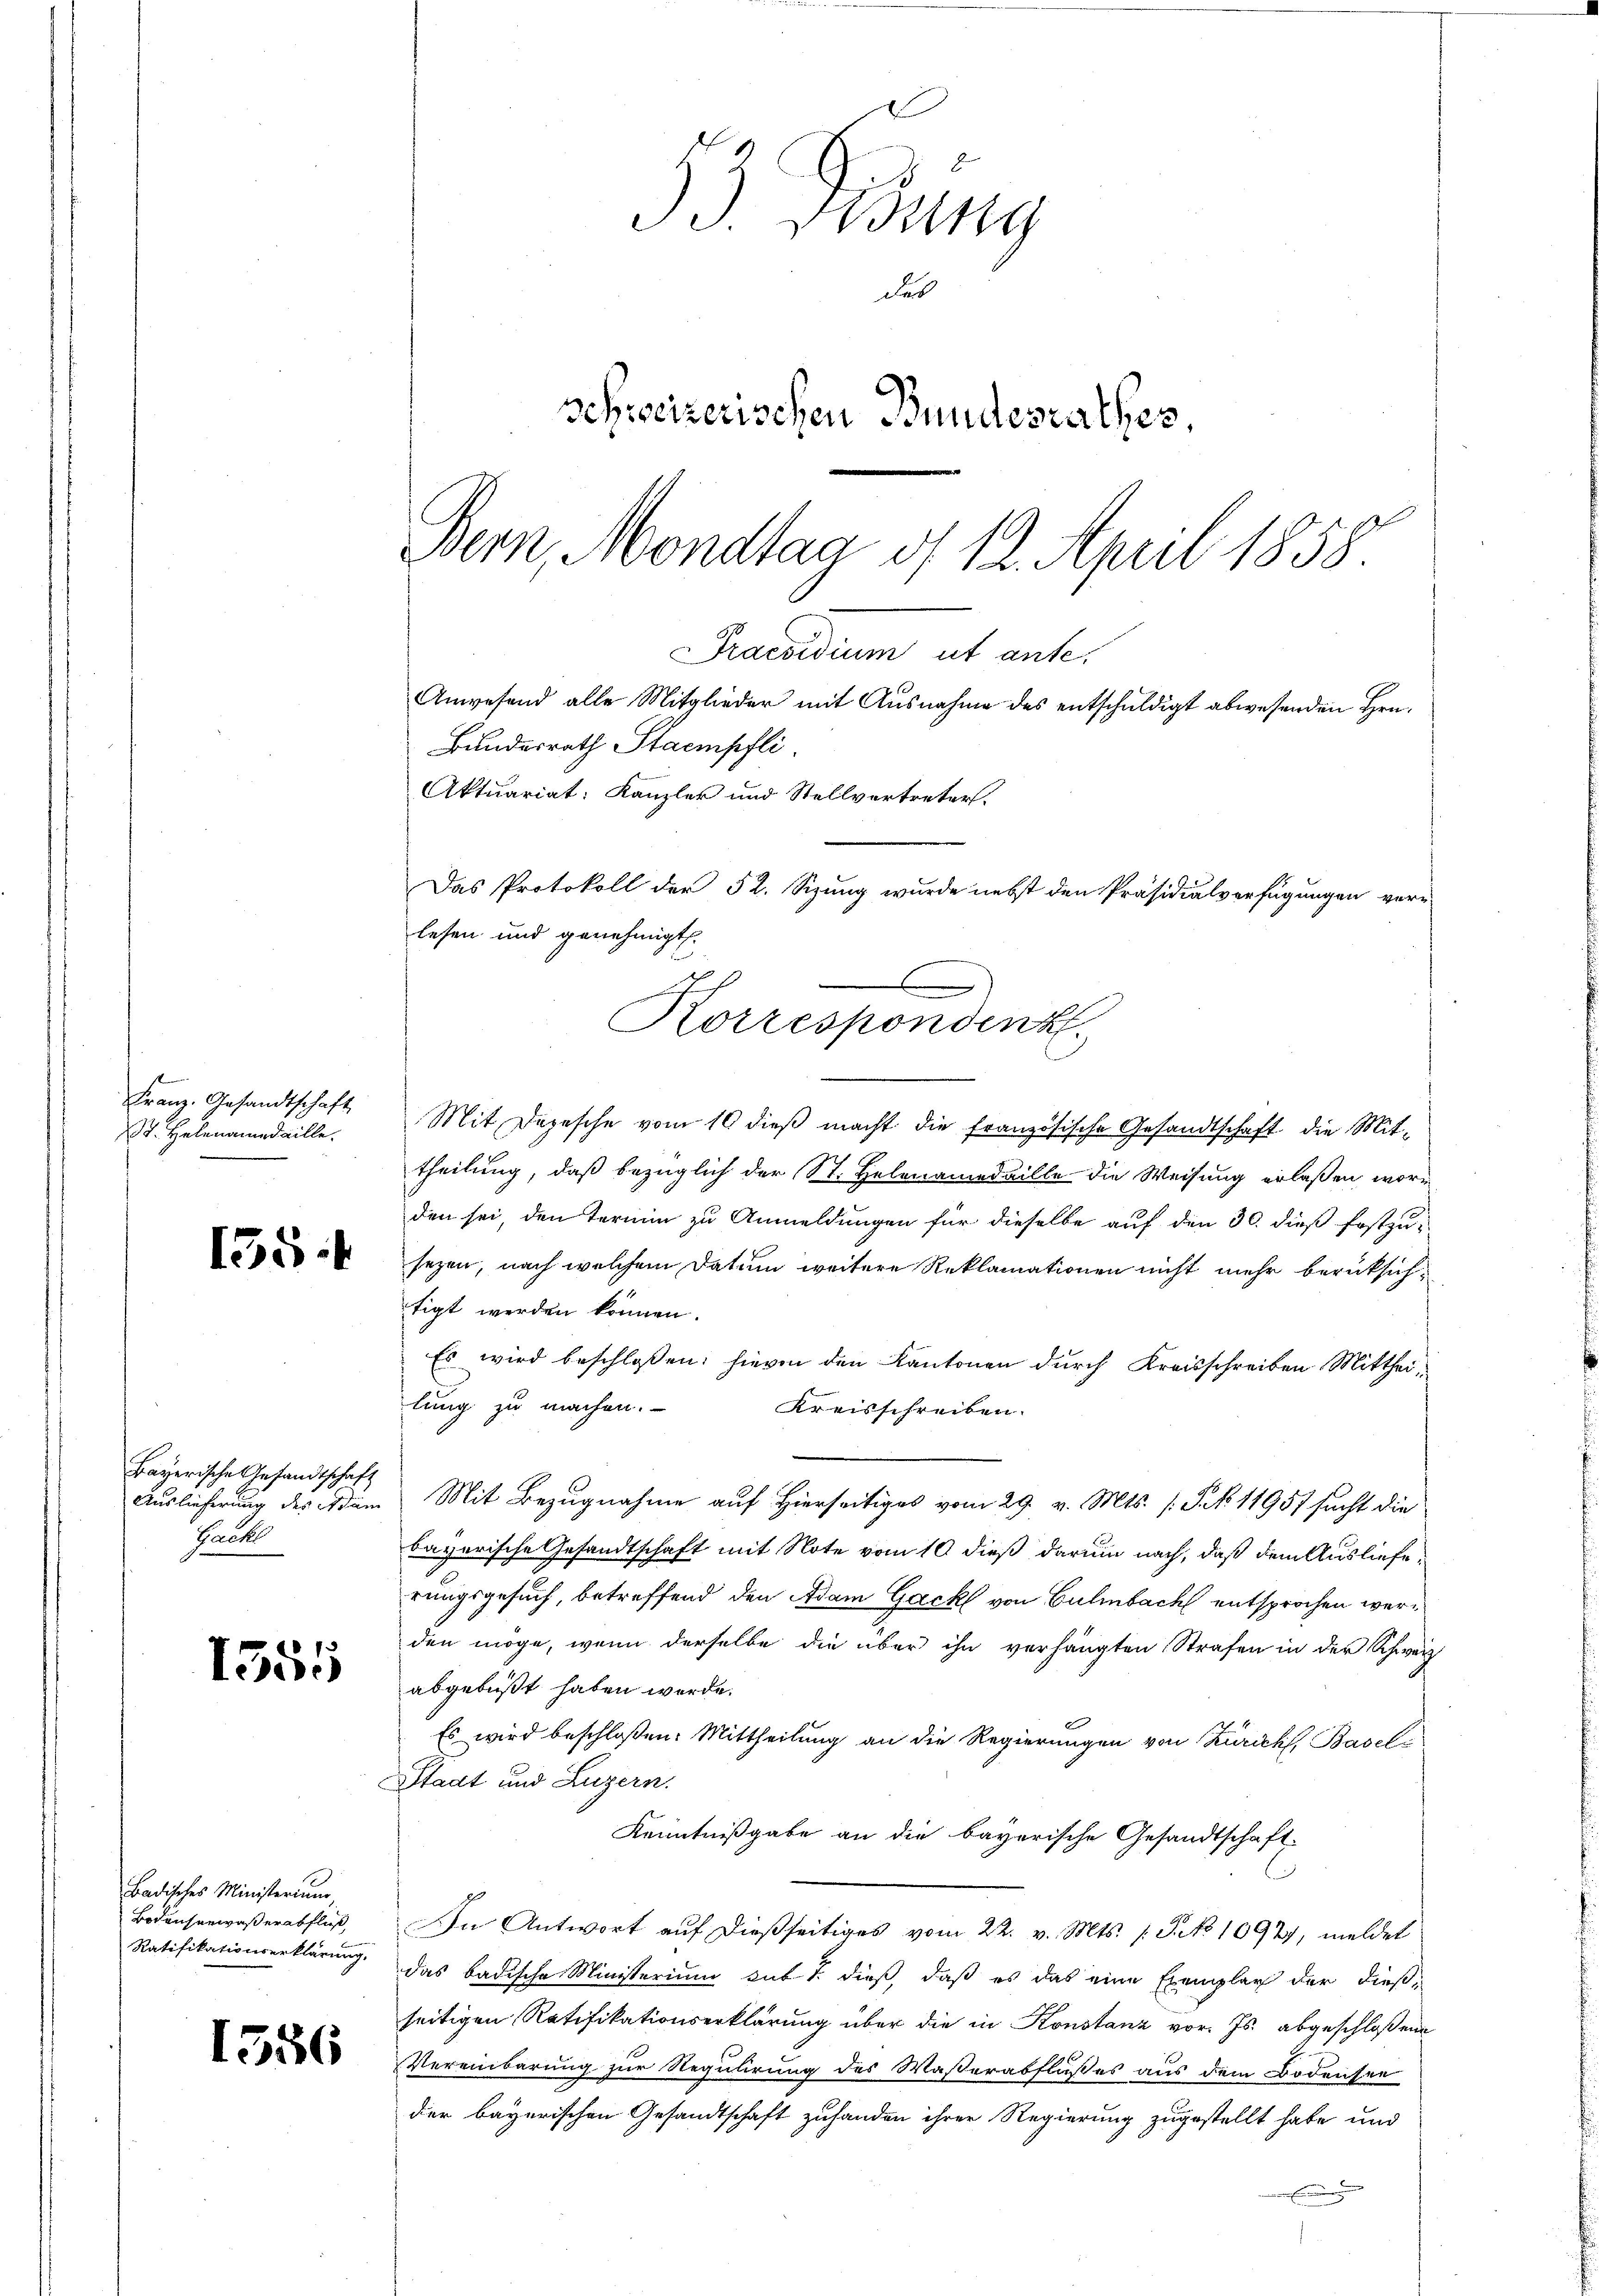
Franz. Gesandtschaft
St. Helenamedaille.

15:

Bayerische Gesandtschaft
Auslieferung des Adam
Packl

1355

Badisches Ministerium,
Bodenserwaßerabfluß,
Ratifikationserklärung.

1556

33. Beding
der
schweizerischen Bundesrathes
Bern, Mondtaa d 12. April 1858.

Praesidium ut ante,
Anwesend alle Mitglieder mit Ausnahme des entschuldigt abwesenden Hrn.
Bundesrath Stampfli
Aktuariat: Kanzler und Stellvertreter.
Das Protokoll der 52. Sizung wurde nebst den Präsidialverfügungen vor-
lesen und genehmigt.
C
Korrespondent

Mit Depesche vom 10 dieß macht die französische Gesandtschaft die Mittheilung, daß bezüglich der St. Helenamedaille die Weisung erlaßen, wori
den sei, den Termin zu Anmeldungen für dieselbe auf den 30. dieß festzusezen, nach welchem Datum weitere Reklamationen nicht mehr berüksichtigt werden können.
Es wird beschlossen: hievon den Kantonen durch Kreisschreiben Mittheilung zu machen.
Kreisschreiben.
Mit Bezugnahme auf Hierseitiges vom 29. v. Mts. s. S. 11951 sucht die
bayerische Gesandtschaft mit Note vom 10. dieß darum nach, daß dem Auslieferungsgesuch, betreffend den Adam Gack von Gulmbach entsprochen werden möge, wenn derselbe die über ihn verhängten Strafen in der Schweiz
abgebüßt haben werde.
Es wird beschloßen: Mittheilung an die Regierungen von Zürich, Basel¬
Stadt und Luzern.
Kenntnißgabe an die bayerische Gesandtschaft-
In Antwort auf dießseitiges vom 22. v. Mts. /: J. No 10977, meldet
das badische Ministerium sub T. dieß, daß es das eine Exemplar der dieß-
seitigen Ratifikationserklärung über die in Konstanz vor. Js. abgeschloßene
Vereinbarung zur Regulirung des Waßerabflußes aus dem Bodensee
der bayerischen Gesandtschaft zuhanden ihrer Regierung zugestellt habe und